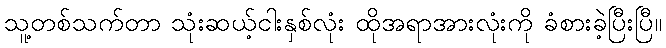
သူ့တစ်သက်တာ သုံးဆယ့်ငါးနှစ်လုံး ထိုအရာအားလုံးကို ခံစားခဲ့ပြီးပြီ။